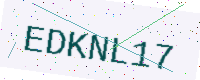
Text: EDKNL17